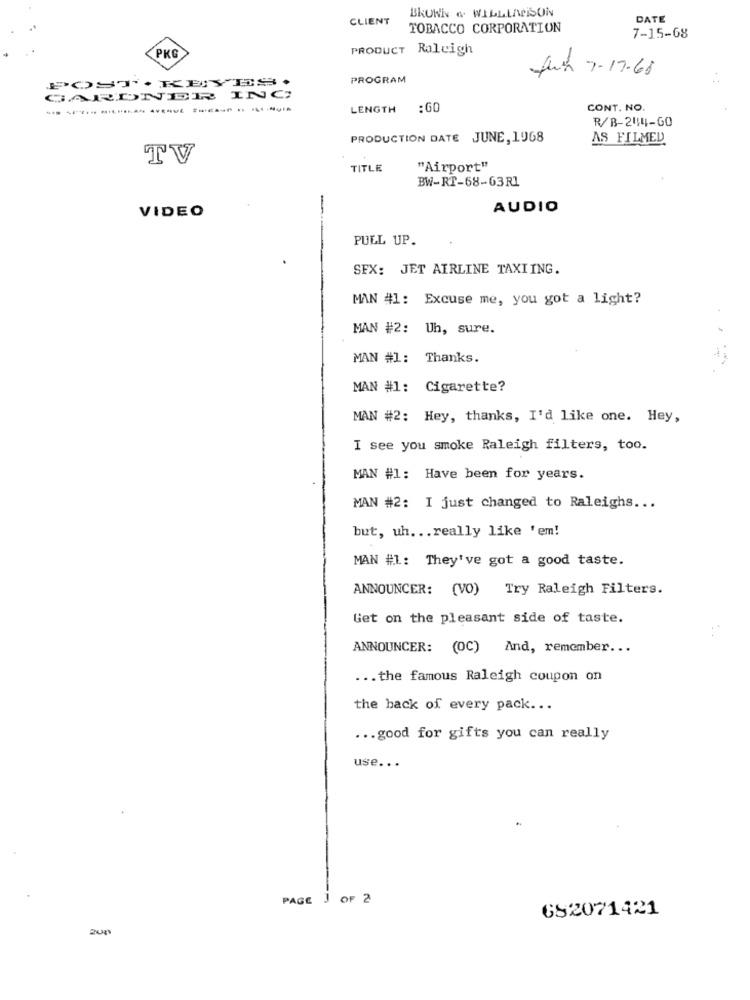
BROWN & WILLLAWSON
CLIENT
DATE
TOBACCO CORPORATION
7-15-68
PRODUCT Raleigh
PKG
PROGRAM
fun 7-17.68
POST' . KEYES.
GARDNER ING
LENGTH :60
CONT. NO.
R/B-2414-GO
PRODUCTION DATE JUNE, 1968
AS FILMED
TV
TITLE
"Airport"
BW-RT-68-63R1
VIDEO
-
AUDIO
PULL UP.
SEX: JET AIRLINE TAXIING.
MAN #1: Excuse me, you got a light?
MAN #2: Uh, sure.
MAN #1: Thanks.
MAN #1: Cigarette?
MAN #2: Hey, thanks, I'd like one. Hey,
I see you smoke Raleigh filters, too.
MAN #1: Have been for years.
MAN #2: I just changed to Raleighs ...
but, uh ... really like 'em!
MAN #1: They've got a good taste.
ANNOUNCER: (VO) Try Raleigh Filters.
Get on the pleasant side of taste.
ANNOUNCER: (OC) And, remember ...
... the famous Raleigh coupon on
the back of every pack ...
... good for gifts you can really
use. . .
PAGE 1 OF 2
682071421